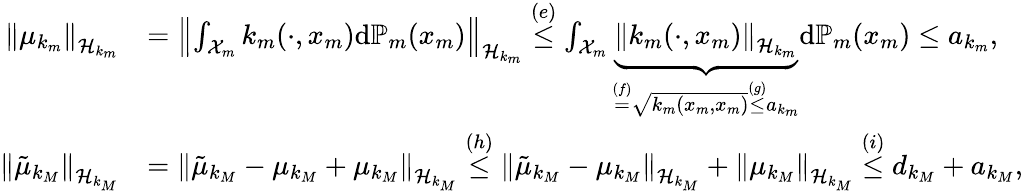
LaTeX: \begin{array}{rl}{\left\| \mu_{k_{m}}\right\| _{\mathcal{H}_{k_{m}}}}&{=\left\| \int_{\mathcal{X}_{m}}k_{m}(\cdot,x_{m})\mathrm{d}\mathbb{P}_{m}(x_{m})\right\| _{\mathcal{H}_{k_{m}}}\stackrel{(e)}{\le}\int_{\mathcal{X}_{m}}\underbrace{\left\| k_{m}(\cdot,x_{m})\right\| _{\mathcal{H}_{k_{m}}}}_{\stackrel{(f)}{=}\sqrt{k_{m}(x_{m},x_{m})}\stackrel{(g)}{\le}a_{k_{m}}}\mathrm{d}\mathbb{P}_{m}(x_{m})\le a_{k_{m}},}\\ {\left\| {\tilde{\mu}_{k_{M}}}\right\| _{\mathcal{H}_{k_{M}}}}&{=\left\| {\tilde{\mu}_{k_{M}}-\mu_{k_{M}}+\mu_{k_{M}}}\right\| _{\mathcal{H}_{k_{M}}}\stackrel{(h)}{\le}\left\| {\tilde{\mu}_{k_{M}}-\mu_{k_{M}}}\right\| _{\mathcal{H}_{k_{M}}}+\left\| {\mu_{k_{M}}}\right\| _{\mathcal{H}_{k_{M}}}\stackrel{(i)}{\le}d_{k_{M}}+a_{k_{M}},}\end{array}